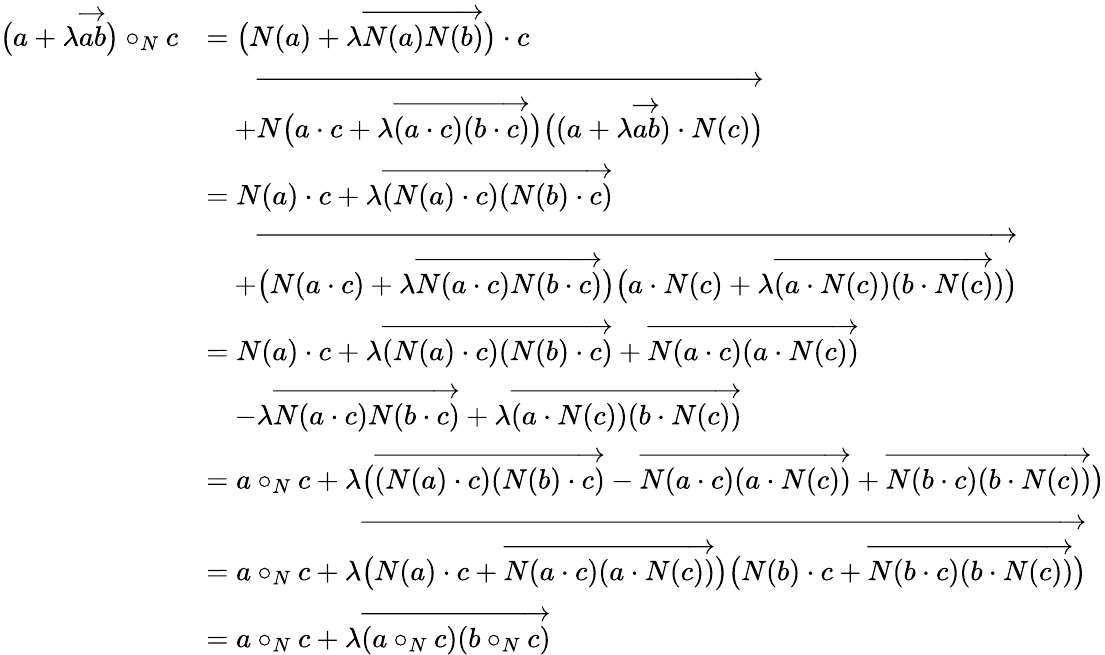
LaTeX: \begin{array}{rl}{\bigl(a+\lambda\overrightarrow{ab}\bigr)\circ_{N}c}&{=\bigl(N(a)+\lambda\overrightarrow{N(a)N(b)}\bigr)\cdot c}\\ &{\quad+\overrightarrow{N\big(a\cdot c+\lambda\overrightarrow{(a\cdot c)(b\cdot c)}\big)\big((a+\lambda\overrightarrow{ab})\cdot N(c)\big)}}\\ &{=N(a)\cdot c+\lambda\overrightarrow{(N(a)\cdot c)(N(b)\cdot c)}}\\ &{\quad+\overrightarrow{\big(N(a\cdot c)+\lambda\overrightarrow{N(a\cdot c)N(b\cdot c)}\big)\big(a\cdot N(c)+\lambda\overrightarrow{(a\cdot N(c))(b\cdot N(c)})\big)}}\\ &{=N(a)\cdot c+\lambda\overrightarrow{(N(a)\cdot c)(N(b)\cdot c)}+\overrightarrow{N(a\cdot c)(a\cdot N(c))}}\\ &{\quad-\lambda\overrightarrow{N(a\cdot c)N(b\cdot c)}+\lambda\overrightarrow{(a\cdot N(c))(b\cdot N(c))}}\\ &{=a\circ_{N}c+\lambda\big(\overrightarrow{(N(a)\cdot c)(N(b)\cdot c)}-\overrightarrow{N(a\cdot c)(a\cdot N(c))}+\overrightarrow{N(b\cdot c)(b\cdot N(c))}\big)}\\ &{=a\circ_{N}c+\lambda\overrightarrow{\big(N(a)\cdot c+\overrightarrow{N(a\cdot c)(a\cdot N(c))}\big)\big(N(b)\cdot c+\overrightarrow{N(b\cdot c)(b\cdot N(c))}\big)}}\\ &{=a\circ_{N}c+\lambda\overrightarrow{(a\circ_{N}c)(b\circ_{N}c)}}\end{array}